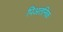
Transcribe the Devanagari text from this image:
पिअतनिक